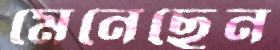
মেনেছেন